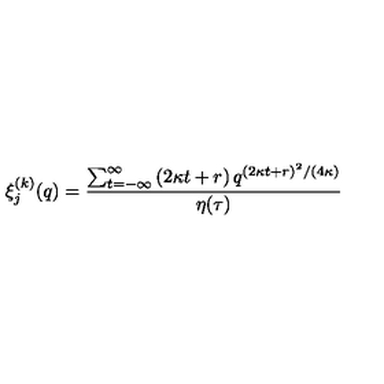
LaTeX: \xi _ { j } ^ { ( k ) } ( q ) = \frac { \sum _ { t = - \infty } ^ { \infty } \left( 2 \kappa t + r \right) q ^ { ( 2 \kappa t + r ) ^ { 2 } / ( 4 \kappa ) } } { \eta ( \tau ) }